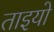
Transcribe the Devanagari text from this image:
ताइयो